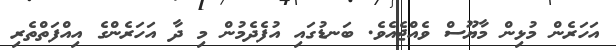
އަހަރެން މުޅިން މާޔޫސް ވެއްޖެއެވެ. ބަނޑުގައި އުފެދެމުން މި ދާ އަހަރެންގެ އިއްފަތްތެރި